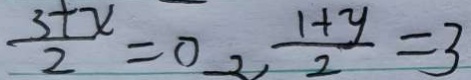
\frac { 3 + x } { 2 } = 0 - 2 , \frac { 1 + y } { 2 } = 3